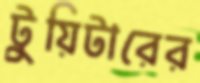
টুয়িটারের